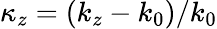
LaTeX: \kappa_{z}=(k_{z}-k_{0})/k_{0}